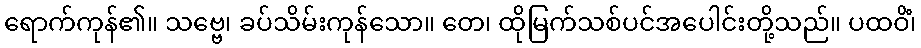
ရောက်ကုန်၏။ သဗ္ဗေ၊ ခပ်သိမ်းကုန်သော။ တေ၊ ထိုမြက်သစ်ပင်အပေါင်းတို့သည်။ ပထဝိံ၊